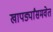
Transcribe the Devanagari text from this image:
खापर्ड्यांसमवेत